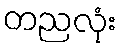
တညလုံး